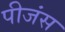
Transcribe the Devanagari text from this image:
पीजंस